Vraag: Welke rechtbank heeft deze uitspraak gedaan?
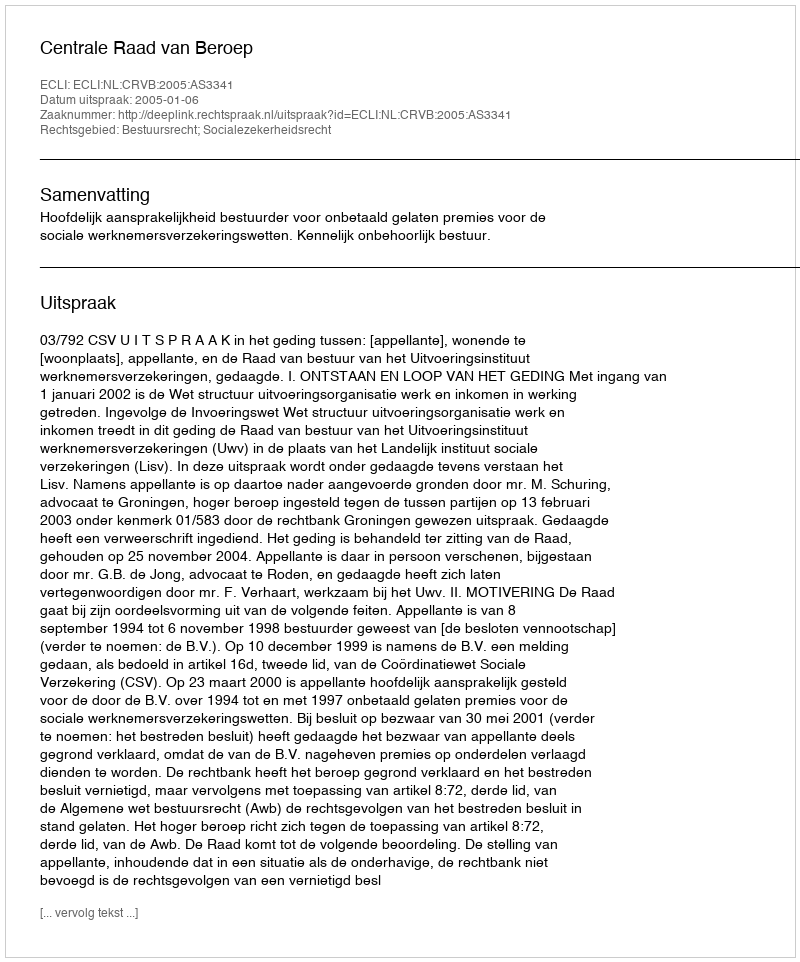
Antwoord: Centrale Raad van Beroep